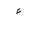
Letter: _hamza